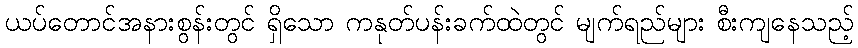
ယပ်တောင်အနားစွန်းတွင် ရှိသော ကနုတ်ပန်းခက်ထဲတွင် မျက်ရည်များ စီးကျနေသည့်